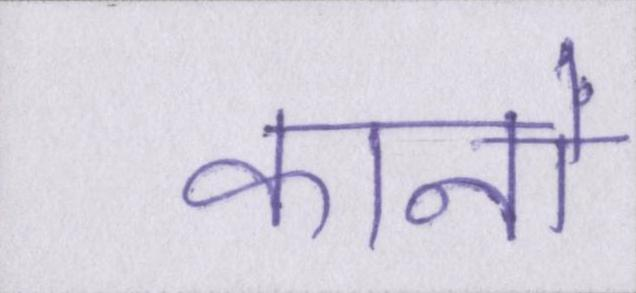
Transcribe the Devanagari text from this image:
कानों